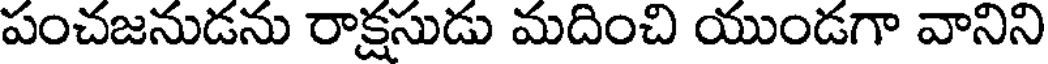
పంచజనుడను రాక్షసుడు మదించి యుండగా వానిని